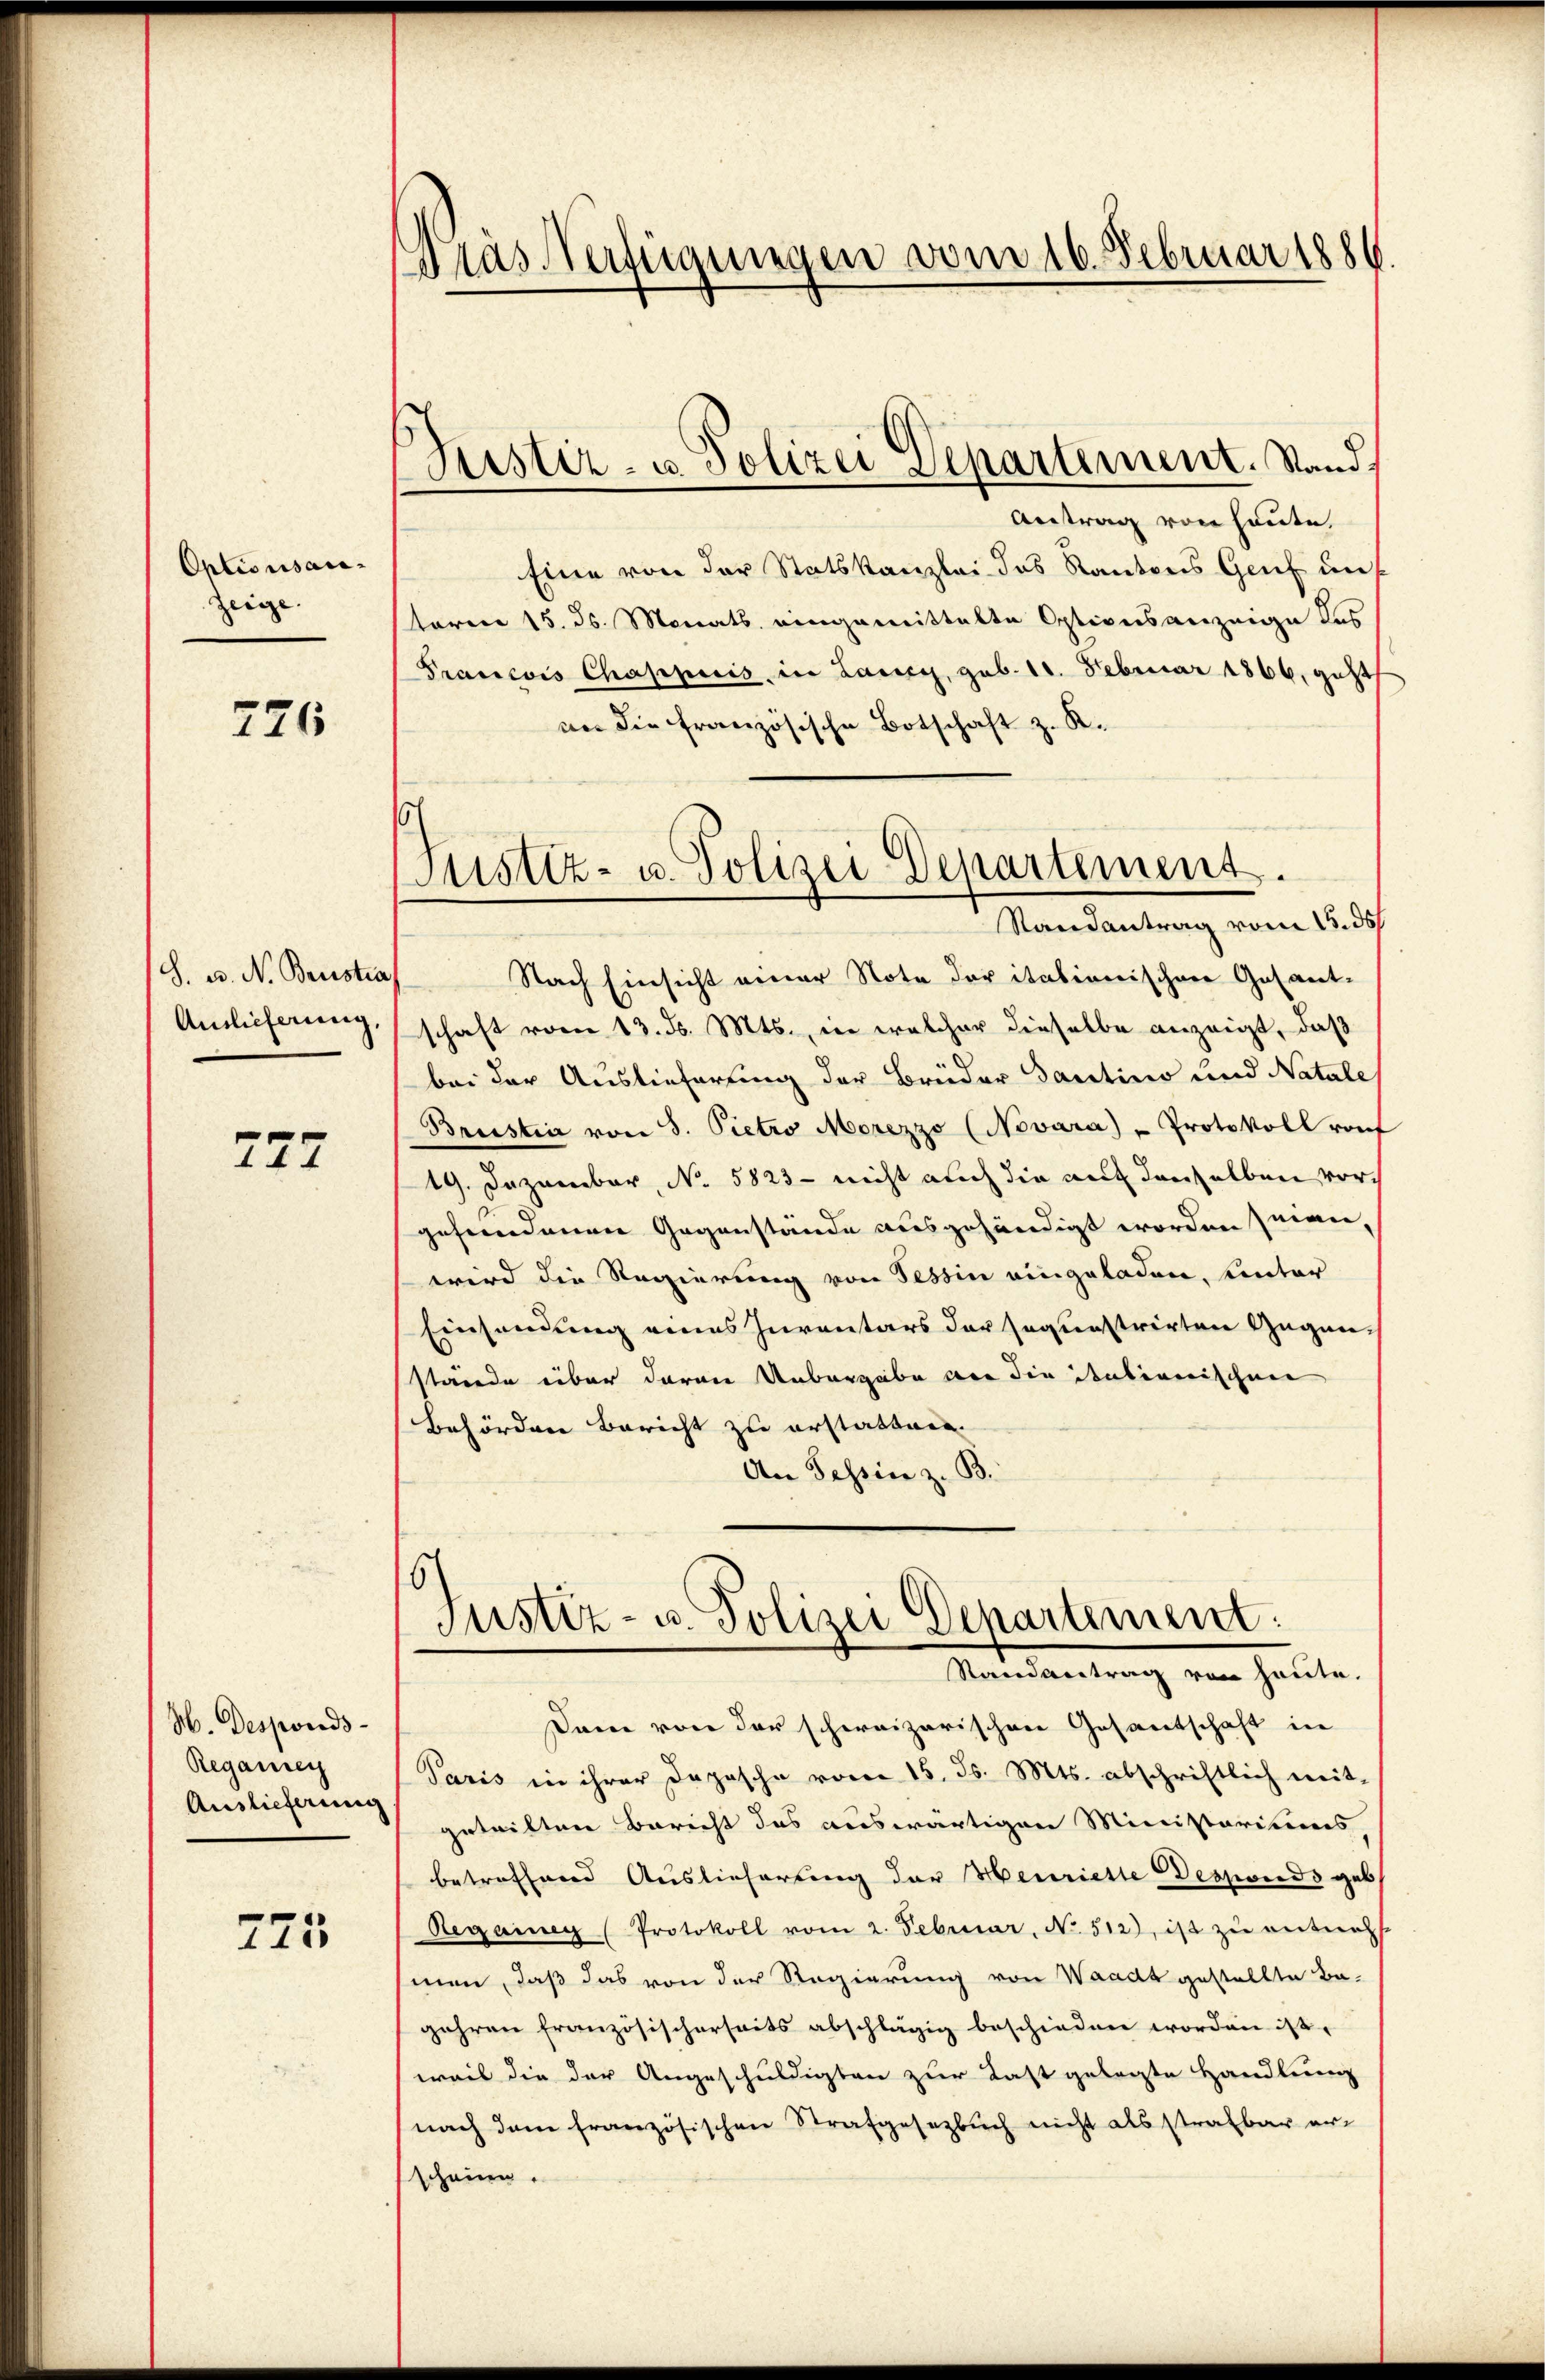
Optionsaci-
Zeige

726

S. B. N. Brustra
Auslieferung,

777

H. Desponds¬
Reganneg
Auslieferung

725

Pras Verfügungen vom 16. Februar 1886.

Justiz- u Polizei Departement. Stand,

Antrag von heute,
Eine von der Statskanzlei das Kantons Genf untorin 15. ds. Monats eingemittelte Optionsanzeige des
Prancois Chappiis, in Laner, geb. 18. Februar 1866, geht
an die französische Botschaft z. R.
Nach Einsicht einer Note der itationischen Gasantschaft vom 13. d. Mts., in welcher dieselbe anzeigt, daß
bei der Auslieferung der Brüder Tantino und Natale
Brustin von 8. Pietro Morezzo (Novara) - Protokoll rauf
19. Dezember, No. 5823 - nicht auch die auf denselben vorgefundenen Gegenstände ausgehändigt worden seien,
wird die Regierung von Tessin eingeladen, unter
Einsendung eines Inventars der sagunstrirten Gegenstände über daran Unbergabe vor die italienischen
Behörden Bericht zu erstatten.
An Tessin z. B.
s

Justiz- u. Polizei Departement.
Randantrag vom 15. ds

Justiz- u. Polizei Departement:
Randantrag von heute.

Dann von der schweizerischen Gesantschaft in
Paris in ihrer Depesche vom 15. ds. Mts. abschriftlich weit-
geteilten Bericht das auswärtigen Ministarisis
betreffend Auslieferung der Henriette Desponds geb.
Regainen (Protokoll vom 2. Februar, No. 512), ist zu entneh
men, daß das von der Regierung von Waadt gestellte Be-
gehren französischerseits abschlägig beschieden worden ist.
weil die der Angeschuldigten zur Last gelegte Handlung
nach dem französischen Strafgesetzbuch nicht als strafbar erscheine.